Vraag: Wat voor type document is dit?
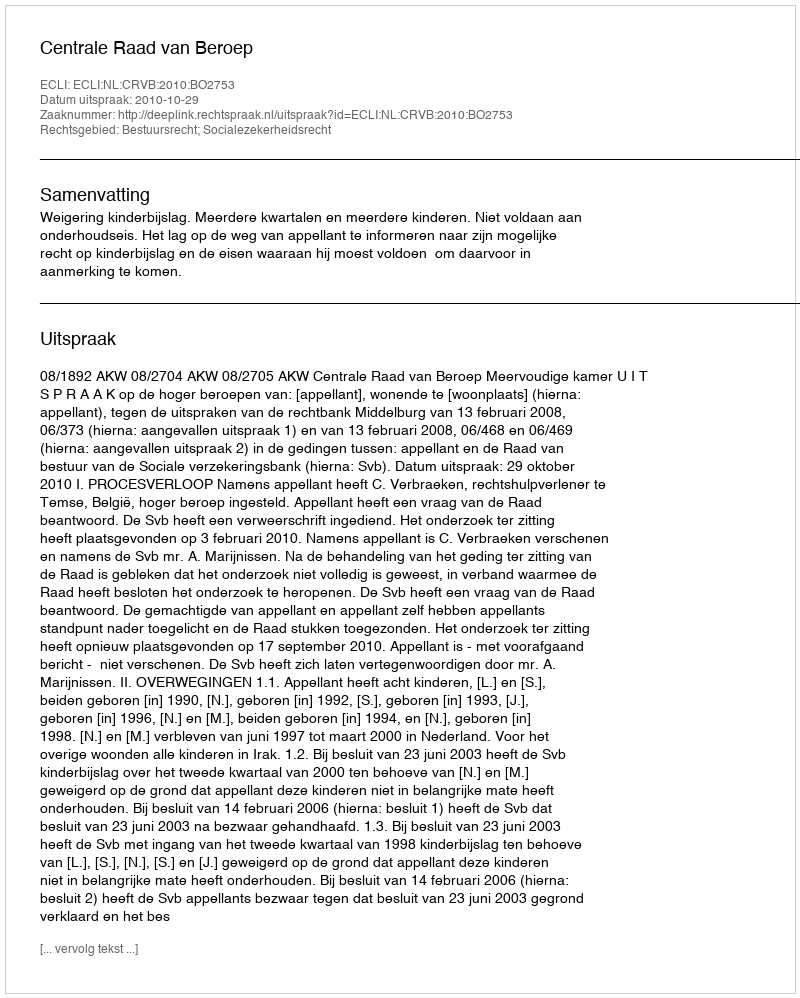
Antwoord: Uitspraak